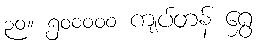
၃၀။ ၅၀၀၀၀၀ ကျပ်တန် ရွှေ